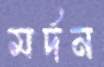
মর্দন